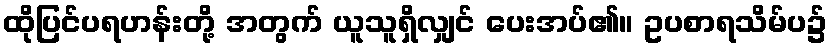
ထိုပြင်ပရဟန်းတို့ အတွက် ယူသူရှိလျှင် ပေးအပ်၏။ ဥပစာရသိမ်ပ၌